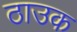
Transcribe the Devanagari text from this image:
ठाउक